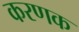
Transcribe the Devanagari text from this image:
करणक